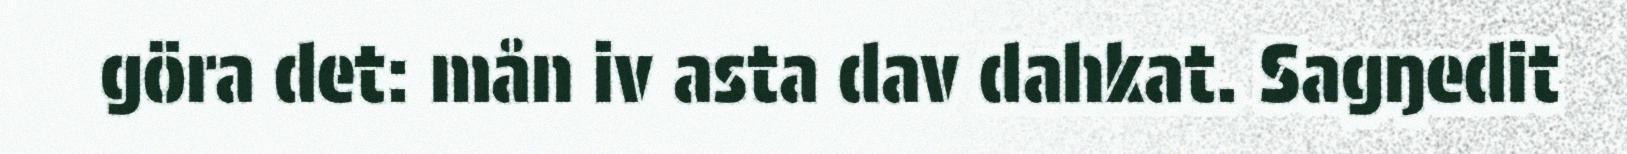
göra det: mån iv asta dav dahkat. Sagŋedit